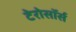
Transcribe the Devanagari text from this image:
टेरोसॉर्स